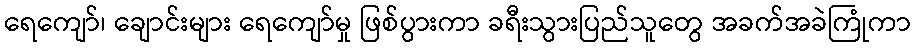
ရေကျော်၊ ချောင်းများ ရေကျော်မှု ဖြစ်ပွားကာ ခရီးသွားပြည်သူတွေ အခက်အခဲကြုံကာ